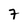
Character: 7